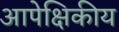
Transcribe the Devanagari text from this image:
आपेक्षिकीय